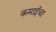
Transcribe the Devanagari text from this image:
कमाईचा